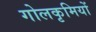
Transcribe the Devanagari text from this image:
गोलकृमियों